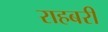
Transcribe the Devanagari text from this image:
राहबरी